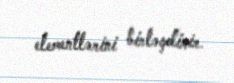
elementlərini birləşdirir.